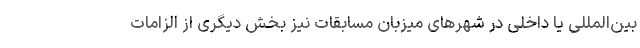
بین‌المللى یا داخلى در شهرهاى میزبان مسابقات نیز بخش دیگرى از الزامات